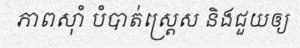
ភាពស៊ាំ បំបាត់ស្ត្រេស និងជួយឲ្យ